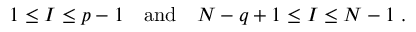
1 \leq I \leq p - 1 \quad \mathrm { a n d } \quad N - q + 1 \leq I \leq N - 1 \; .